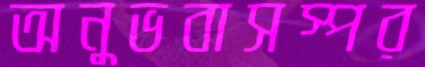
অনুভবাসস্পর